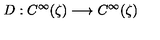
D : C ^ { \infty } ( \zeta ) \longrightarrow C ^ { \infty } ( \zeta )